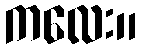
ကလေး။